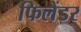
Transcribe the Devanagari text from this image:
फिलैंडर